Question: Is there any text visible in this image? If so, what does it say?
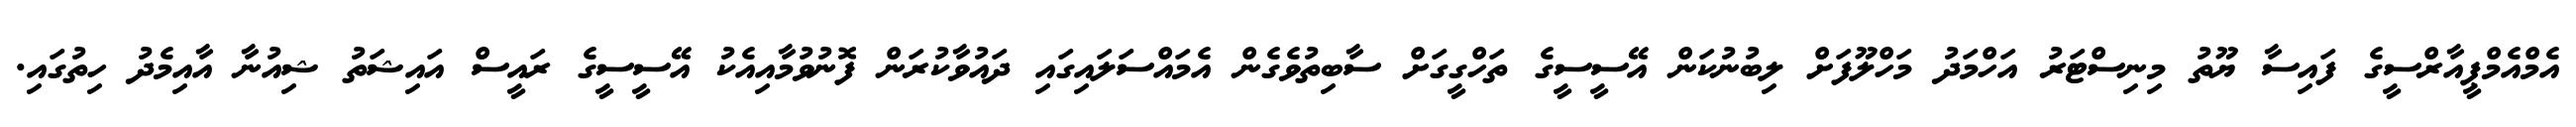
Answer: އެމްއެމްޕީއާރްސީގެ ފައިސާ ޔޫތު މިނިސްޓަރު އަހްމަދު މަހްލޫފަށް ލިބުނުކަން އޭސީސީގެ ތަހްގީގަށް ސާބިތުވެގެން އެމައްސަލައިގައި ދައުވާކުރަން ފޮނުވުމާއިއެކު އޭސީސީގެ ރައީސް އައިޝަތު ޝިއުނާ އާއިމެދު ހިތުގައި.